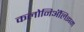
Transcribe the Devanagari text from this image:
कलोनिॲलिझम